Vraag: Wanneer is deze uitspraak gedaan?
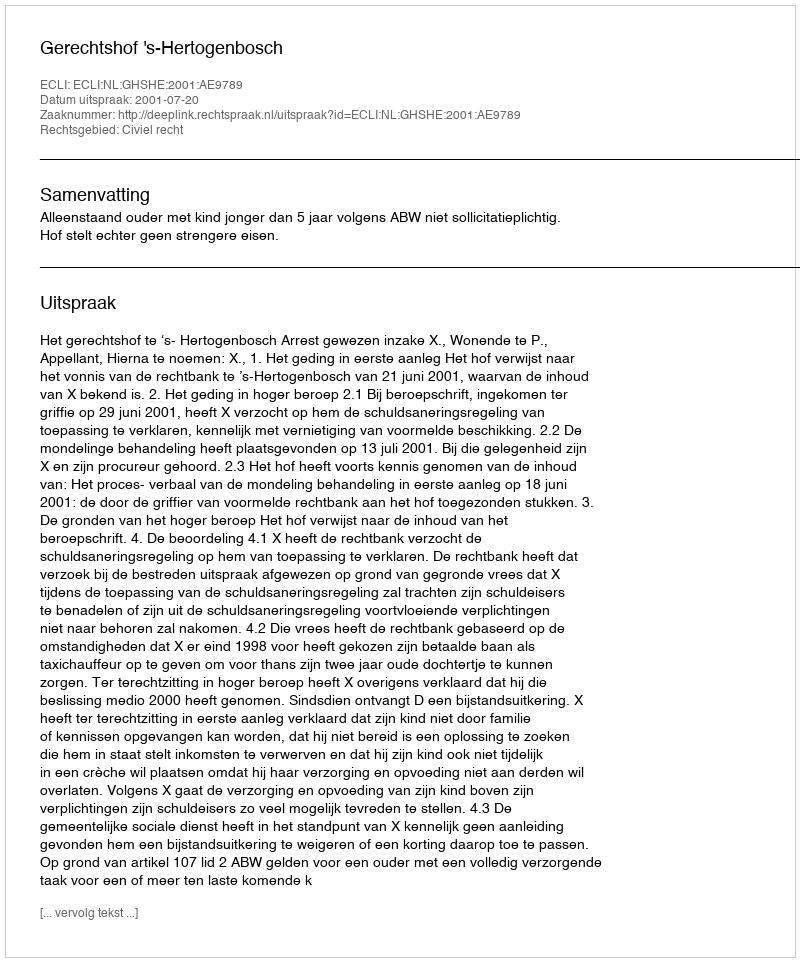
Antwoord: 2001-07-20